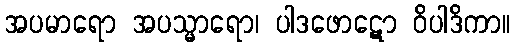
အပမာရော အပသ္မာရော၊ ပါဒဖောဋော ဝိပါဒိကာ။